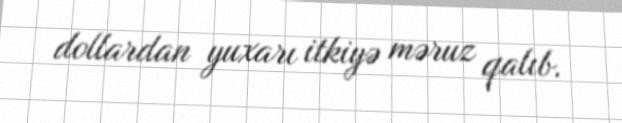
dollardan yuxarı itkiyə məruz qalıb.